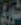
كوري